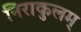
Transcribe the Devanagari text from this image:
निराकुलम्